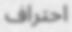
احتراف